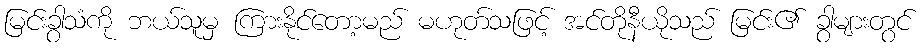
မြင်းခွာသံကို ဘယ်သူမှ ကြားနိုင်တော့မည် မဟုတ်သဖြင့် အင်တိုနီယိုသည် မြင်း၏ ခွာများတွင်